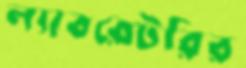
ল্যাবরেটরির